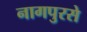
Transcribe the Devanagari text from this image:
नागपुरसे